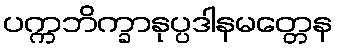
ပက္ကဘိက္ခာနုပ္ပဒါနမတ္တေန